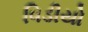
વિડીયો